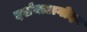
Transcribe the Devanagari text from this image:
दर्शनाअगोदर